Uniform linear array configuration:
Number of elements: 32
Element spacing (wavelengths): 0.5
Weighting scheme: uniform
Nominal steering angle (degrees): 30
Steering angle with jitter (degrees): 29.926
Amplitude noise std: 0.05
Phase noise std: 0.05

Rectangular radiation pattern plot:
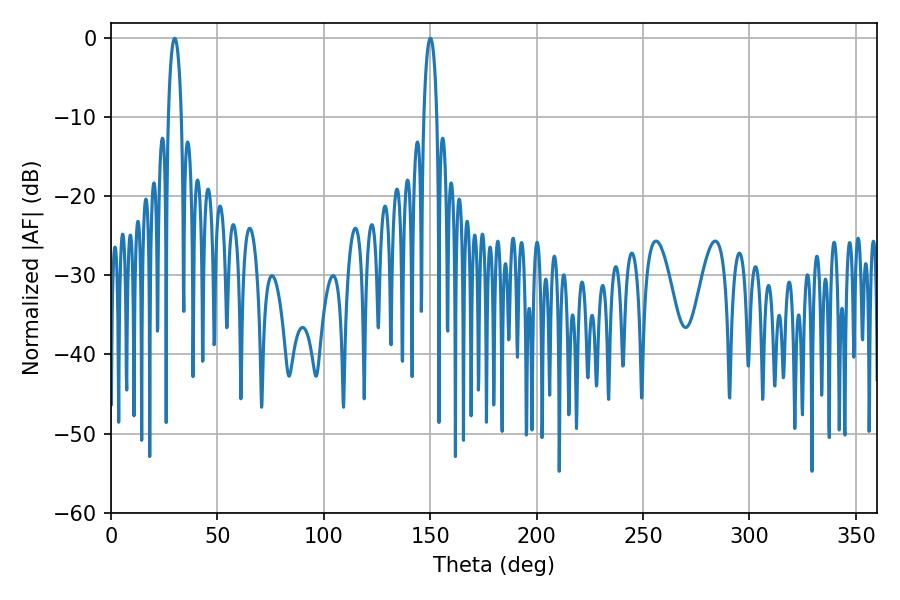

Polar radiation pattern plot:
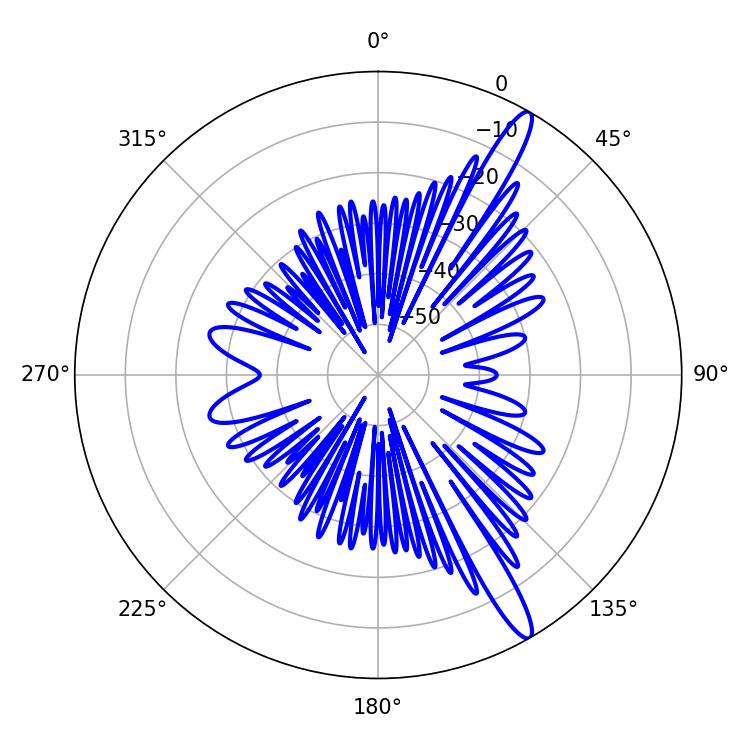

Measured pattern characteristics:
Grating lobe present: FALSE
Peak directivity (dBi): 14.503
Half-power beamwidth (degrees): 3.42
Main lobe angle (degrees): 29.88